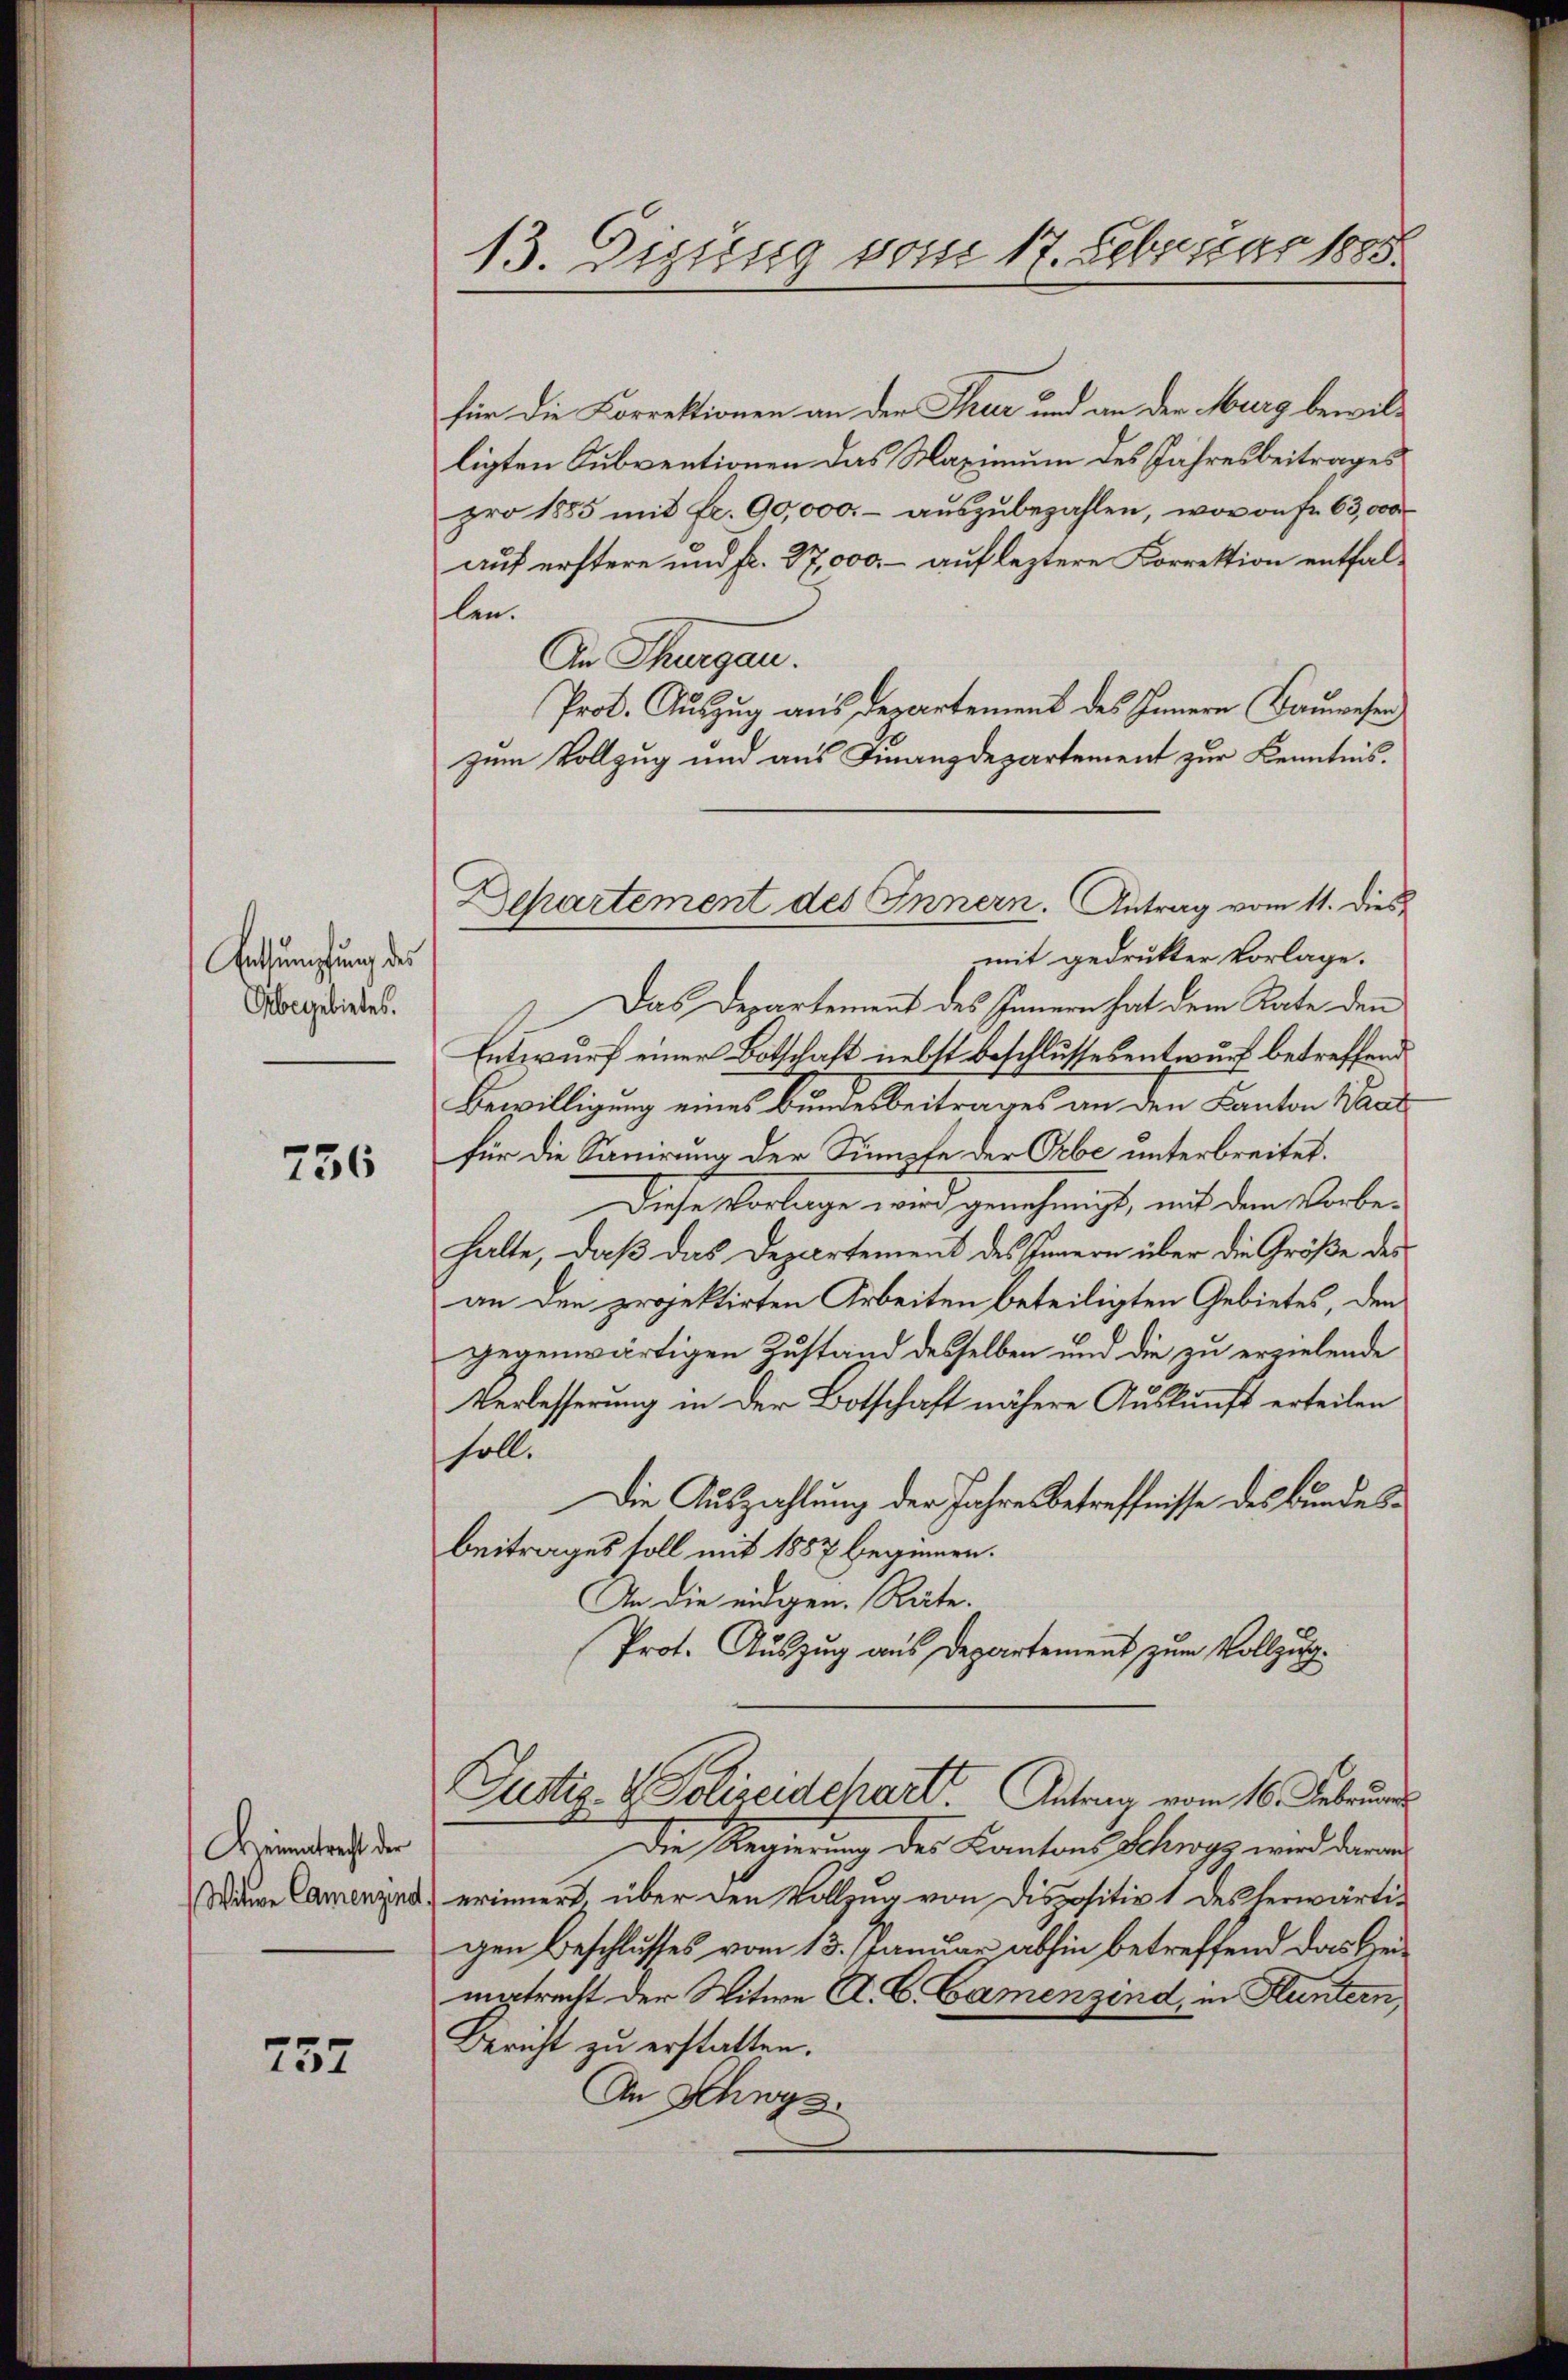
Entsumpfung des
Übegebietes.

756

Heimatrecht der

757

für die Korrektionen an der Thur und an der Murg bewilligten Subventionen das Maximum des Jahresbeitrages
pro 1885 mit fr. 90,000.- aŭszŭbezahlen, wovon fr. 63,000
auf erstere und fr. 37,000 – auf leztere Korrektion entfallen.
An Thurgau.
Prot. Auszug aus derartement des Innern Bauwesen
zum Vollzug und aus Finanzdepartement zur Kenntnis.
mit gedrukter Vorlage.
Das Departement des Innern hat dem Rate den
Entwurf einer Botschaft nebst Beschlussesentwurf betreffend
Bewilligung eines Bundesbeitrages an den Kanton Waad
für die Sanirung der Sumpfe der Orbe unterbreitet.
Diese Vorlage wird genehmigt, mit dem Vorbehalte, daß das Departement des Innern über die Größe des
an den projektirten Arbeiten beteiligten Gebietes, den
gegenwärtigen Zustand desselben und die zu erzielende
Verbesserung in der Botschaft nähere Auskunft erteilen
soll.
Die Auszahlung der Jahres betreffnisse des Bundesbeitrages soll mit 1857 beginnen.
An die eidgen. Räte.
Prot. Auszug aus Departement zum Vollzug.
Justiz- & Polizeidepart. Antrag vom 16. Februar
Die Regierung des Kantons Schwyz wird daran
Wann Camenzind) erinnert, über den Vollzug von Dispositiv 1 des herwärtigen Beschlusses vom 13. Januar abhin betreffend das Heimptrecht der Witwe A. B. Camenzind, in Fluntern
Bericht zu erstatten.
An Schnys

13. Eigung vom 17. Februar 1885.

Behartement des Innern. Antrag vom 11. Dies